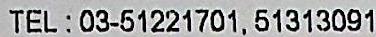
TEL:03-51221701, 51313091